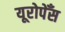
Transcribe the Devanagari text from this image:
यूरोपेँस